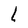
Character: l